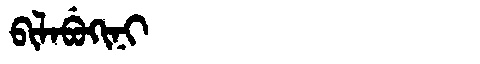
Manchu: ᠪᡳᠯᠠᠪᡠᡴᡳᠨᡳ
Romanization: BILABUKINI